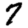
Digit: 7